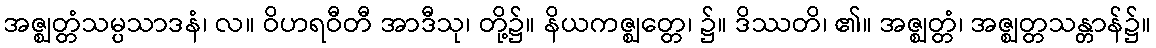
အဇ္ဈတ္တံသမ္ပသာဒနံ၊ လ။ ဝိဟရဝီတီ အာဒီသု၊ တို့၌။ နိယကဇ္ဈတ္တေ၊ ၌။ ဒိဿတိ၊ ၏။ အဇ္ဈတ္တံ၊ အဇ္ဈတ္တသန္တာန်၌။